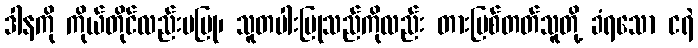
ဒါနကို ကိုယ်တိုင်လည်းမပြု၊ သူတပါးပြုသည်ကိုလည်း တားမြစ်တတ်သူတို့ ခံရသော ငရဲ